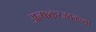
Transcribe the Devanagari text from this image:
अल्फकरजवळच्या